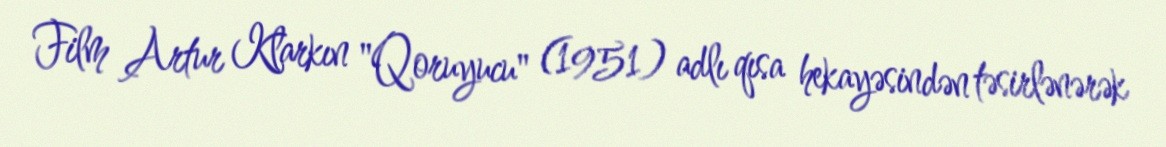
Film Artur Klarkın "Qoruyucu" (1951) adlı qısa hekayəsindən təsirlənərək